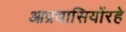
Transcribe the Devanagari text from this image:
आप्रवासियोंरहे